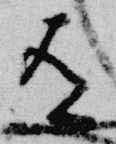
有